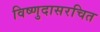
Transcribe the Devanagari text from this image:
विष्णुदासरचित